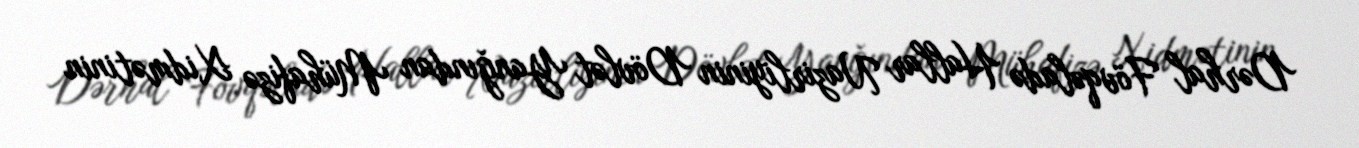
Dərhal Fövqəladə Hallar Nazirliyinin Dövlət Yanğından Mühafizə Xidmətinin